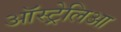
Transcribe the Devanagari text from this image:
ऑस्ट्रेलिआ